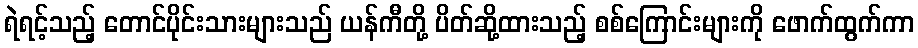
ရဲရင့်သည့် တောင်ပိုင်းသားများသည် ယန်ကီတို့ ပိတ်ဆို့ထားသည့် စစ်ကြောင်းများကို ဖောက်ထွက်ကာ